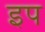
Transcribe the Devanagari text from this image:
इप